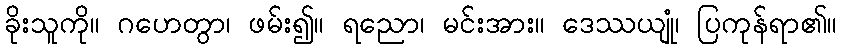
ခိုးသူကို။ ဂဟေတွာ၊ ဖမ်း၍။ ရညော၊ မင်းအား။ ဒေဿယျုံ၊ ပြကုန်ရာ၏။